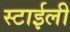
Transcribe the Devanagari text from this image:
स्टाईली